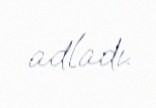
adladı.